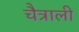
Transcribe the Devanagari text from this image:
चैत्राली